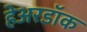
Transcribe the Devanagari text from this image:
हेअरडॉक